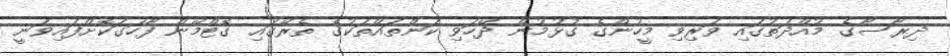
ދިރާސާގެ މުއްދަތުގައި ވަރިވި މީހުންގެ ގުޅުމުން ދޭހަވި ކަންތައްތަކުގެ ތެރޭގައި ގޮޓްމޭން ފާހަގަކޮށްފައިވަނީ